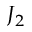
J _ { 2 }